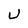
Character: U